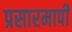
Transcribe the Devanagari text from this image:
प्रसारमापी